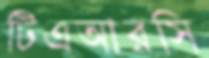
টিএআরসি